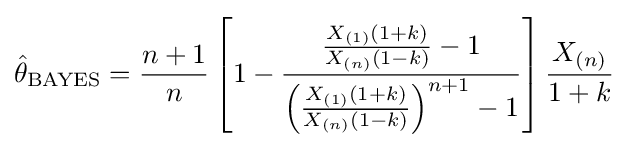
{\hat {\theta }}_{\text{BAYES}}={\frac {n+1}{n}}\left[1-{\frac {{\frac {X_{(1)}(1+k)}{X_{(n)}(1-k)}}-1}{\left({\frac {X_{(1)}(1+k)}{X_{(n)}(1-k)}}\right)^{n+1}-1}}\right]{\frac {X_{(n)}}{1+k}}